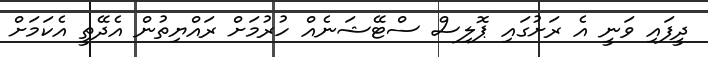
ދީފައި ވަނީ އެ ރަށުގައި ޕޮލިސް ސްޓޭޝަނެއް ހުރުމަށް ރައްޔިތުން އެދޭތީ އެކަމަށް